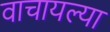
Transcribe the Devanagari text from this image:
वाचायल्या